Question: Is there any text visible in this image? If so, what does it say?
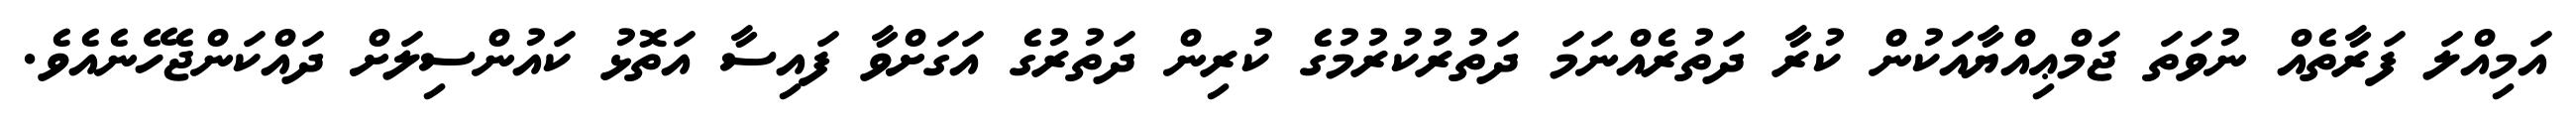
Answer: އަމިއްލަ ފަރާތެއް ނުވަތަ ޖަމްޢިއްޔާއަކުން ކުރާ ދަތުރެއްނަމަ ދަތުރުކުރުމުގެ ކުރިން ދަތުރުގެ އަގަށްވާ ފައިސާ އަތޮޅު ކައުންސިލަށް ދައްކަންޖެހޭނެއެވެ.